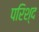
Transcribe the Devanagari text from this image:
परिश्द